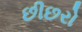
છીછરો